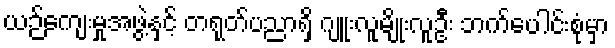
ယဉ်ကျေးမှုအဖွဲ့နှင့် တရုတ်ပညာရှိ ဂျူးလူမျိုးလူဦး ဘက်ပေါင်းစုံမှာ